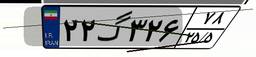
۲۲گ۳۲۶۷۸